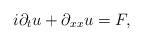
LaTeX: \begin{align*}i \partial_t u + \partial_{xx} u = F,\end{align*}